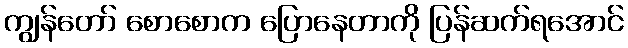
ကျွန်တော် စောစောက ပြောနေတာကို ပြန်ဆက်ရအောင်